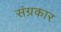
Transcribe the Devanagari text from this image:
संग्रकार